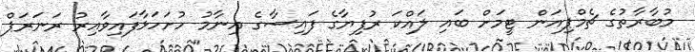
މުބާރާތުގެ ޗެމްޕިއަން ޓީމަށް ބައި ލައްކަ ރުފިޔާގެ ފައިސާގެ އިނާމު ހުށަހަޅާފައިވާއިރު ރަނަރަޕް